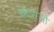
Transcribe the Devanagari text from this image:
चंदरासो